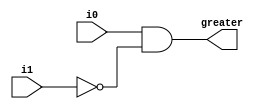
module one_bit_greater
   // I/O ports
   (
    input wire i0, i1,
    output wire greater
   );

   assign greater = i0 & ~i1;


endmodule